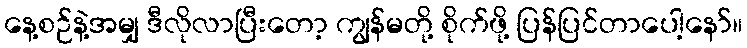
နေ့စဉ်နဲ့အမျှ ဒီလိုလာပြီးတော့ ကျွန်မတို့ စိုက်ဖို့ ပြန်ပြင်တာပေါ့နော်။